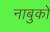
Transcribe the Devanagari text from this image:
नाबुको